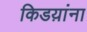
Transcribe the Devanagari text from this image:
किडय़ांना